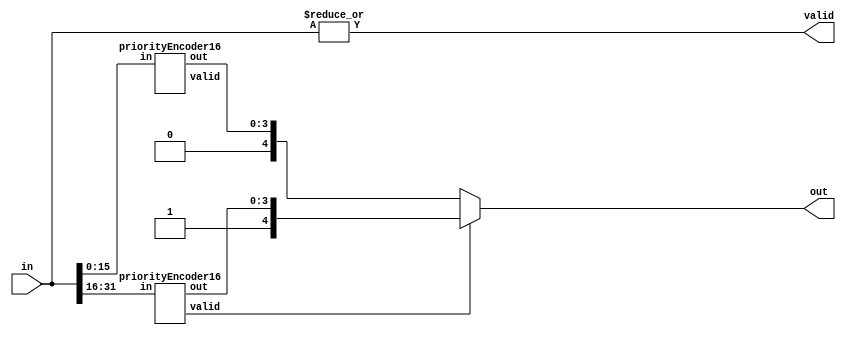
module priorityEncoder32(input [31:0] in, output[4:0] out, output valid);
wire [3:0] outA, outB;
wire validA, validB;

priorityEncoder16 d0(in[15:0], outB, validB);
priorityEncoder16 d1(in[31:16], outA, validA);
assign out = validA ? {1'b1, outA}:{1'b0, outB};
assign valid = |in;

endmodule

module priorityEncoder16(input [15:0] in, output[3:0] out, output valid);
  wire [2:0] outA, outB;
  wire validA, validB;
  priorityEncoder8 d0(in[7:0], outB, validB);
  priorityEncoder8 d1(in[15:8], outA, validA);
  assign out = validA ? {1'b1, outA}:{1'b0, outB};
  assign valid = |in;
  
endmodule

module priorityEncoder8(input [7:0] in, output [2:0] out, output valid);
  assign out = in[7] ? 3'b111 : in[6] ? 3'b110 : in[5] ? 3'b101 : in[4] ? 3'b100 : in[3] ? 3'b011 : in[2] ? 3'b010 : in[1] ? 3'b001 : in[0] ? 3'b000 : 3'b000;
  assign valid = |in;
endmodule

// module decoder16a(input [3:0] in, output [15:0] out);
//   wire [15:0] tmp;
//   decoder8a d0(in[2:0], tmp[7:0]);
//   decoder8a d1(in[2:0], tmp[15:8]);
  
//   assign out[7:0] = in[3] ? 8'b00000000 : tmp[7:0];
//   assign out[15:8] = in[3] ? tmp[15:8] : 8'b00000000;
// endmodule

// module decoder8b(input [2:0] in, output [7:0] out);
//     wire [7:0] tmp;
//     // Make two decoders, both input low 2-bits of in
//     // If in[2] is 0, then we take first decoder (tmp[3:0]) -> out[3:0]
//     // If in[2] is 1, then we take second decoder (tmp[7:4]) -> out[7:4]
//     decoder4b d0(in[1:0], tmp[3:0]);
//     decoder4b d1(in[1:0], tmp[7:4]);
//     assign out[3:0] = in[2] ? 4'b0000 : tmp[3:0];
//     assign out[7:4] = in[2] ? tmp[7:4] : 4'b0000;
// endmodule